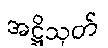
အဋ္ဌိသုတ်